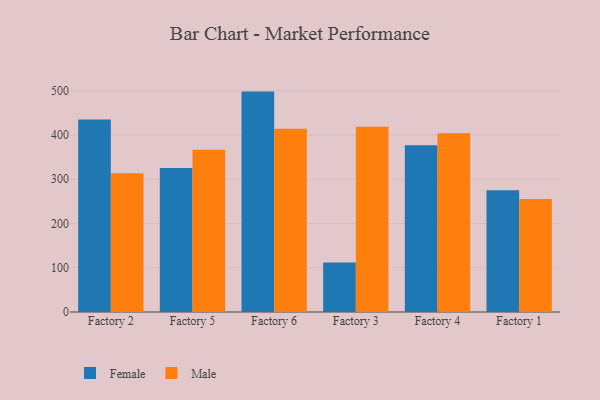
{"axis": {"x": "Factory", "y": "Budget (USD K)"}, "legend": ["Female", "Male"], "data": [{"x": "Factory 2", "y": 434.8, "type": "Female"}, {"x": "Factory 2", "y": 313.6, "type": "Male"}, {"x": "Factory 5", "y": 325.3, "type": "Female"}, {"x": "Factory 5", "y": 366.6, "type": "Male"}, {"x": "Factory 6", "y": 498.1, "type": "Female"}, {"x": "Factory 6", "y": 414.0, "type": "Male"}, {"x": "Factory 3", "y": 112.0, "type": "Female"}, {"x": "Factory 3", "y": 418.4, "type": "Male"}, {"x": "Factory 4", "y": 377.1, "type": "Female"}, {"x": "Factory 4", "y": 404.2, "type": "Male"}, {"x": "Factory 1", "y": 275.0, "type": "Female"}, {"x": "Factory 1", "y": 255.6, "type": "Male"}]}